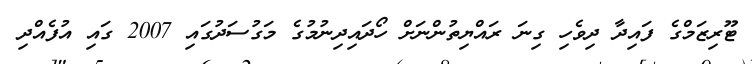
ޓޫރިޒަމްގެ ފައިދާ ދިވެހި ގިނަ ރައްޔިތުންނަށް ހޯދައިދިނުމުގެ މަގުސަދުގައި 2007 ގައި އުފެއްދި